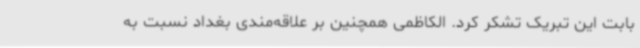
بابت این تبریک تشکر کرد. الکاظمی همچنین بر علاقه‌مندی بغداد نسبت به